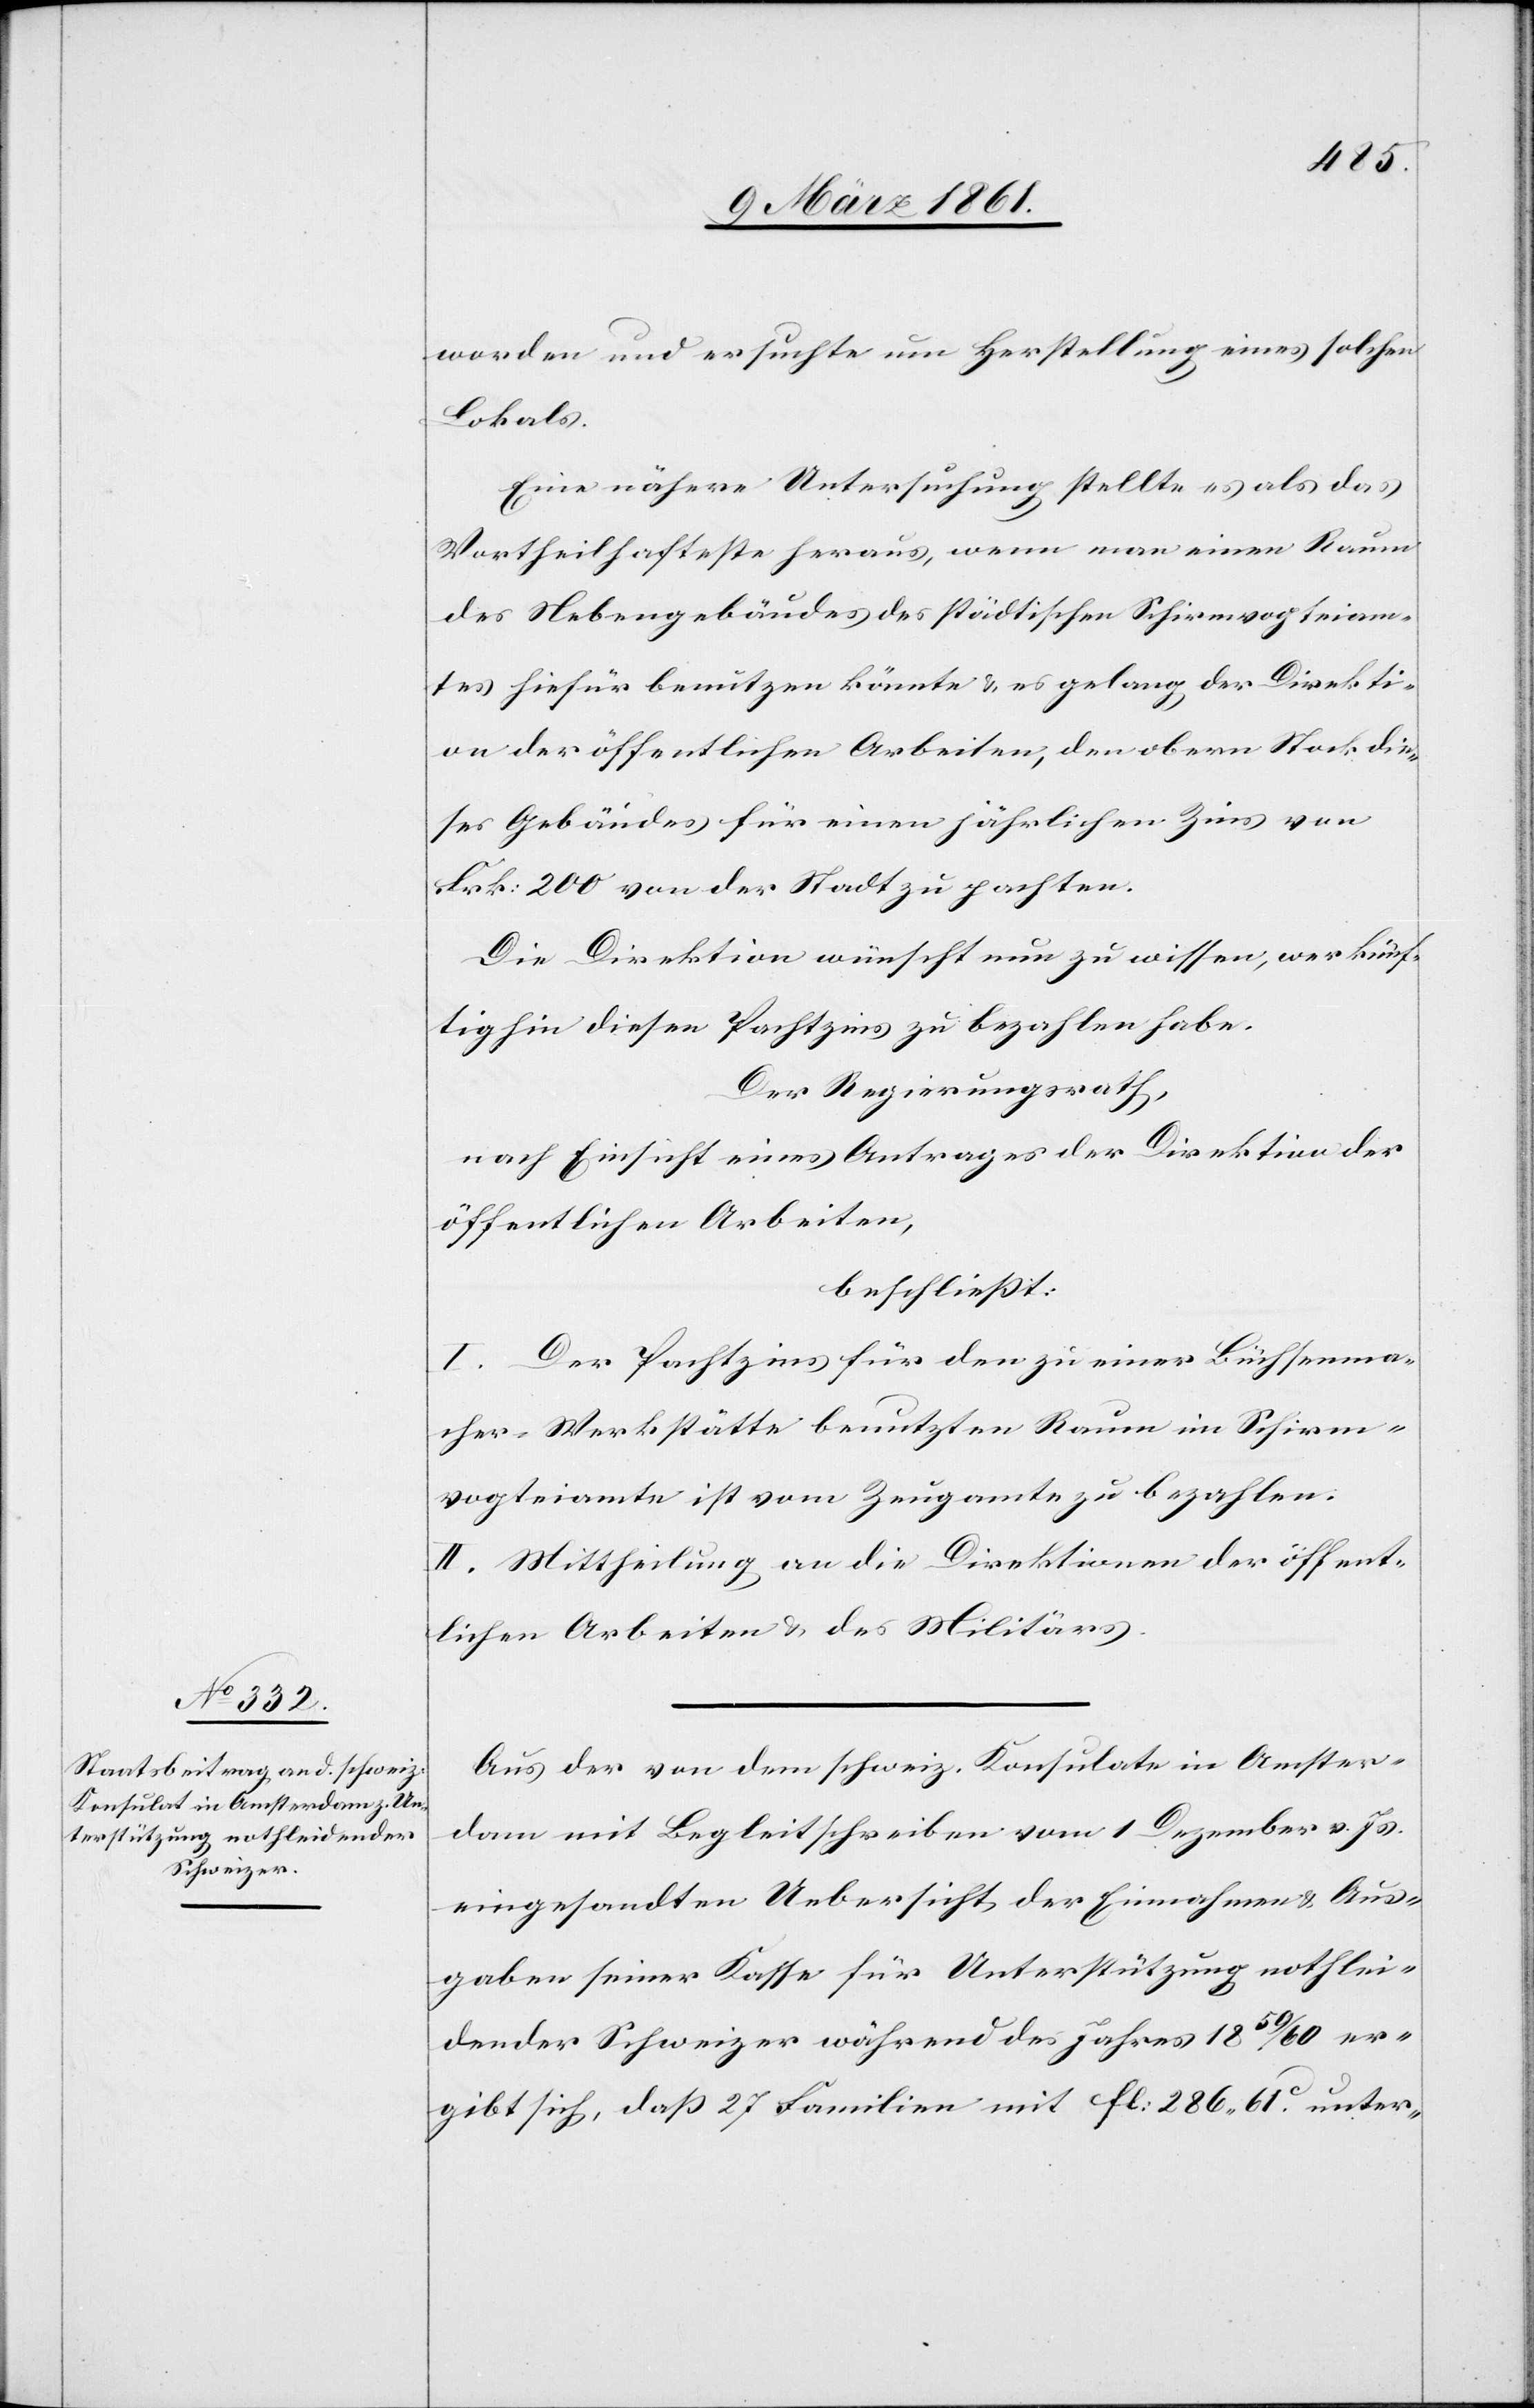
worden und ersuchte um Herstellung eines solchen
Lokals.
Eine nähere Untersuchung stellte es als das
Vortheilhafteste heraus, wenn man einen Raum
des Nebengebäudes des städtischen Schirmvogteiam¬
tes hiefür benützen könnte u. es gelang, der Direkti¬
on der öffentlichen Arbeiten, den obern Stock die¬
ses Gebäudes für einen jährlichen Zins von
Frk: 200 von der Stadt zu pachten.
Die Direktion wünscht nun zu wissen, wer künf¬
tighin diesen Pachtzins zu bezahlen habe.
Der Regierungsrath,
nach Einsicht eines Antrages der Direktion der
öffentlichen Arbeiten,
beschliesst:
I. Der Pachtzins für den zu einer Büchsenma¬
cher-Werkstätte benutzten Raum im Schirm¬
vogteiamte ist vom Zeugamte zu bezahlen.
II. Mittheilung an die Direktion der öffent¬
lichen Arbeiten u. des Militärs.
Aus der von dem schweiz. Konsulate in Amster¬
dam mit Begleitschreiben vom 1. Dezember v. Js.
eingesandten Uebersicht der Einnahmen u. Aus¬
gaben seiner Kasse für Unterstützung nothlei¬
dender Schweizer während des Jahres 1859/60 er¬
gibt sich, dass 27 Familien mit fl: 286 61C unter-